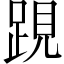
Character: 𨁍